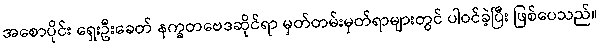
အစောပိုင်း ရှေးဦးခေတ် နက္ခတဗေဒဆိုင်ရာ မှတ်တမ်းမှတ်ရာများတွင် ပါဝင်ခဲ့ပြီး ဖြစ်ပေသည်။